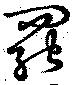
罷